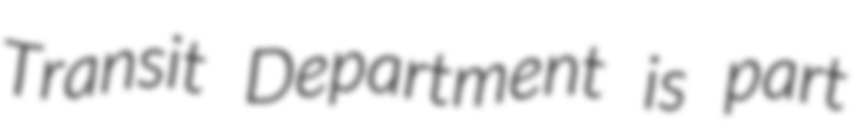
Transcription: Transit Department is part